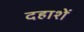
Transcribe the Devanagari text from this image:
दहाशें